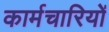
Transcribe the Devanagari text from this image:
कार्मचारियों